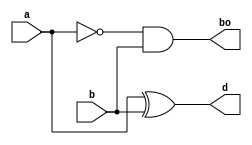
module HALFSUBS(a,b,d,bo);
input a,b;
output d,bo;
wire w1;
xor g1(d,a,b);
not g2(w1,a);
and g3(bo,w1,b);
endmodule